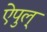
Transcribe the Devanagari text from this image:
ऐपुल्‌